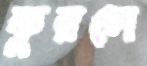
কুরলে